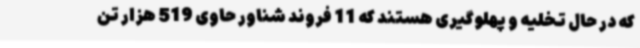
که در حال تخلیه و پهلوگیری هستند که 11 فروند شناور حاوی 519 هزار تن